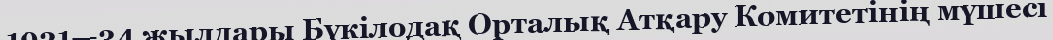
1931—34 жылдары Бүкілодақ Орталық Атқару Комитетінің мүшесі